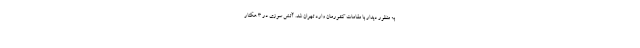
به منظور دیدار با مقامات کشورمان وارد تهران شد. آتش سوزی در ۳ هکتار